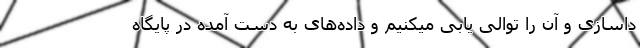
داسازی و آن را توالی یابی میکنیم و داده‌های به دست آمده در پایگاه